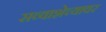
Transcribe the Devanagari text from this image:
सव्वाशेच्यावर